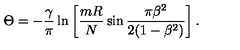
\Theta = - \frac { \gamma } { \pi } \ln \left[ \frac { m R } { N } \sin \frac { \pi \beta ^ { 2 } } { 2 ( 1 - \beta ^ { 2 } ) } \right] .